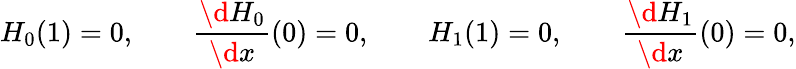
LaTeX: H_{0}(1)=0,\qquad\frac{\d H_{0}}{\d x}(0)=0,\qquad H_{1}(1)=0,\qquad\frac{\d H_{1}}{\d x}(0)=0,